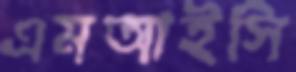
এমআইসি